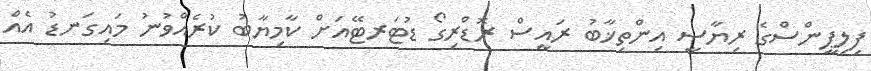
ފިލިޕީންސްގެ ރިޔާސީ އިންތިޚާބު ރައީސް ރޮޑްރިގޯ ޑުޓަރޓޭއަށް ކާމިޔާބު ކުރެއްވުނު މައިގަނޑު އެއް